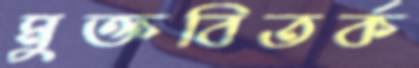
মুক্তবিতর্ক